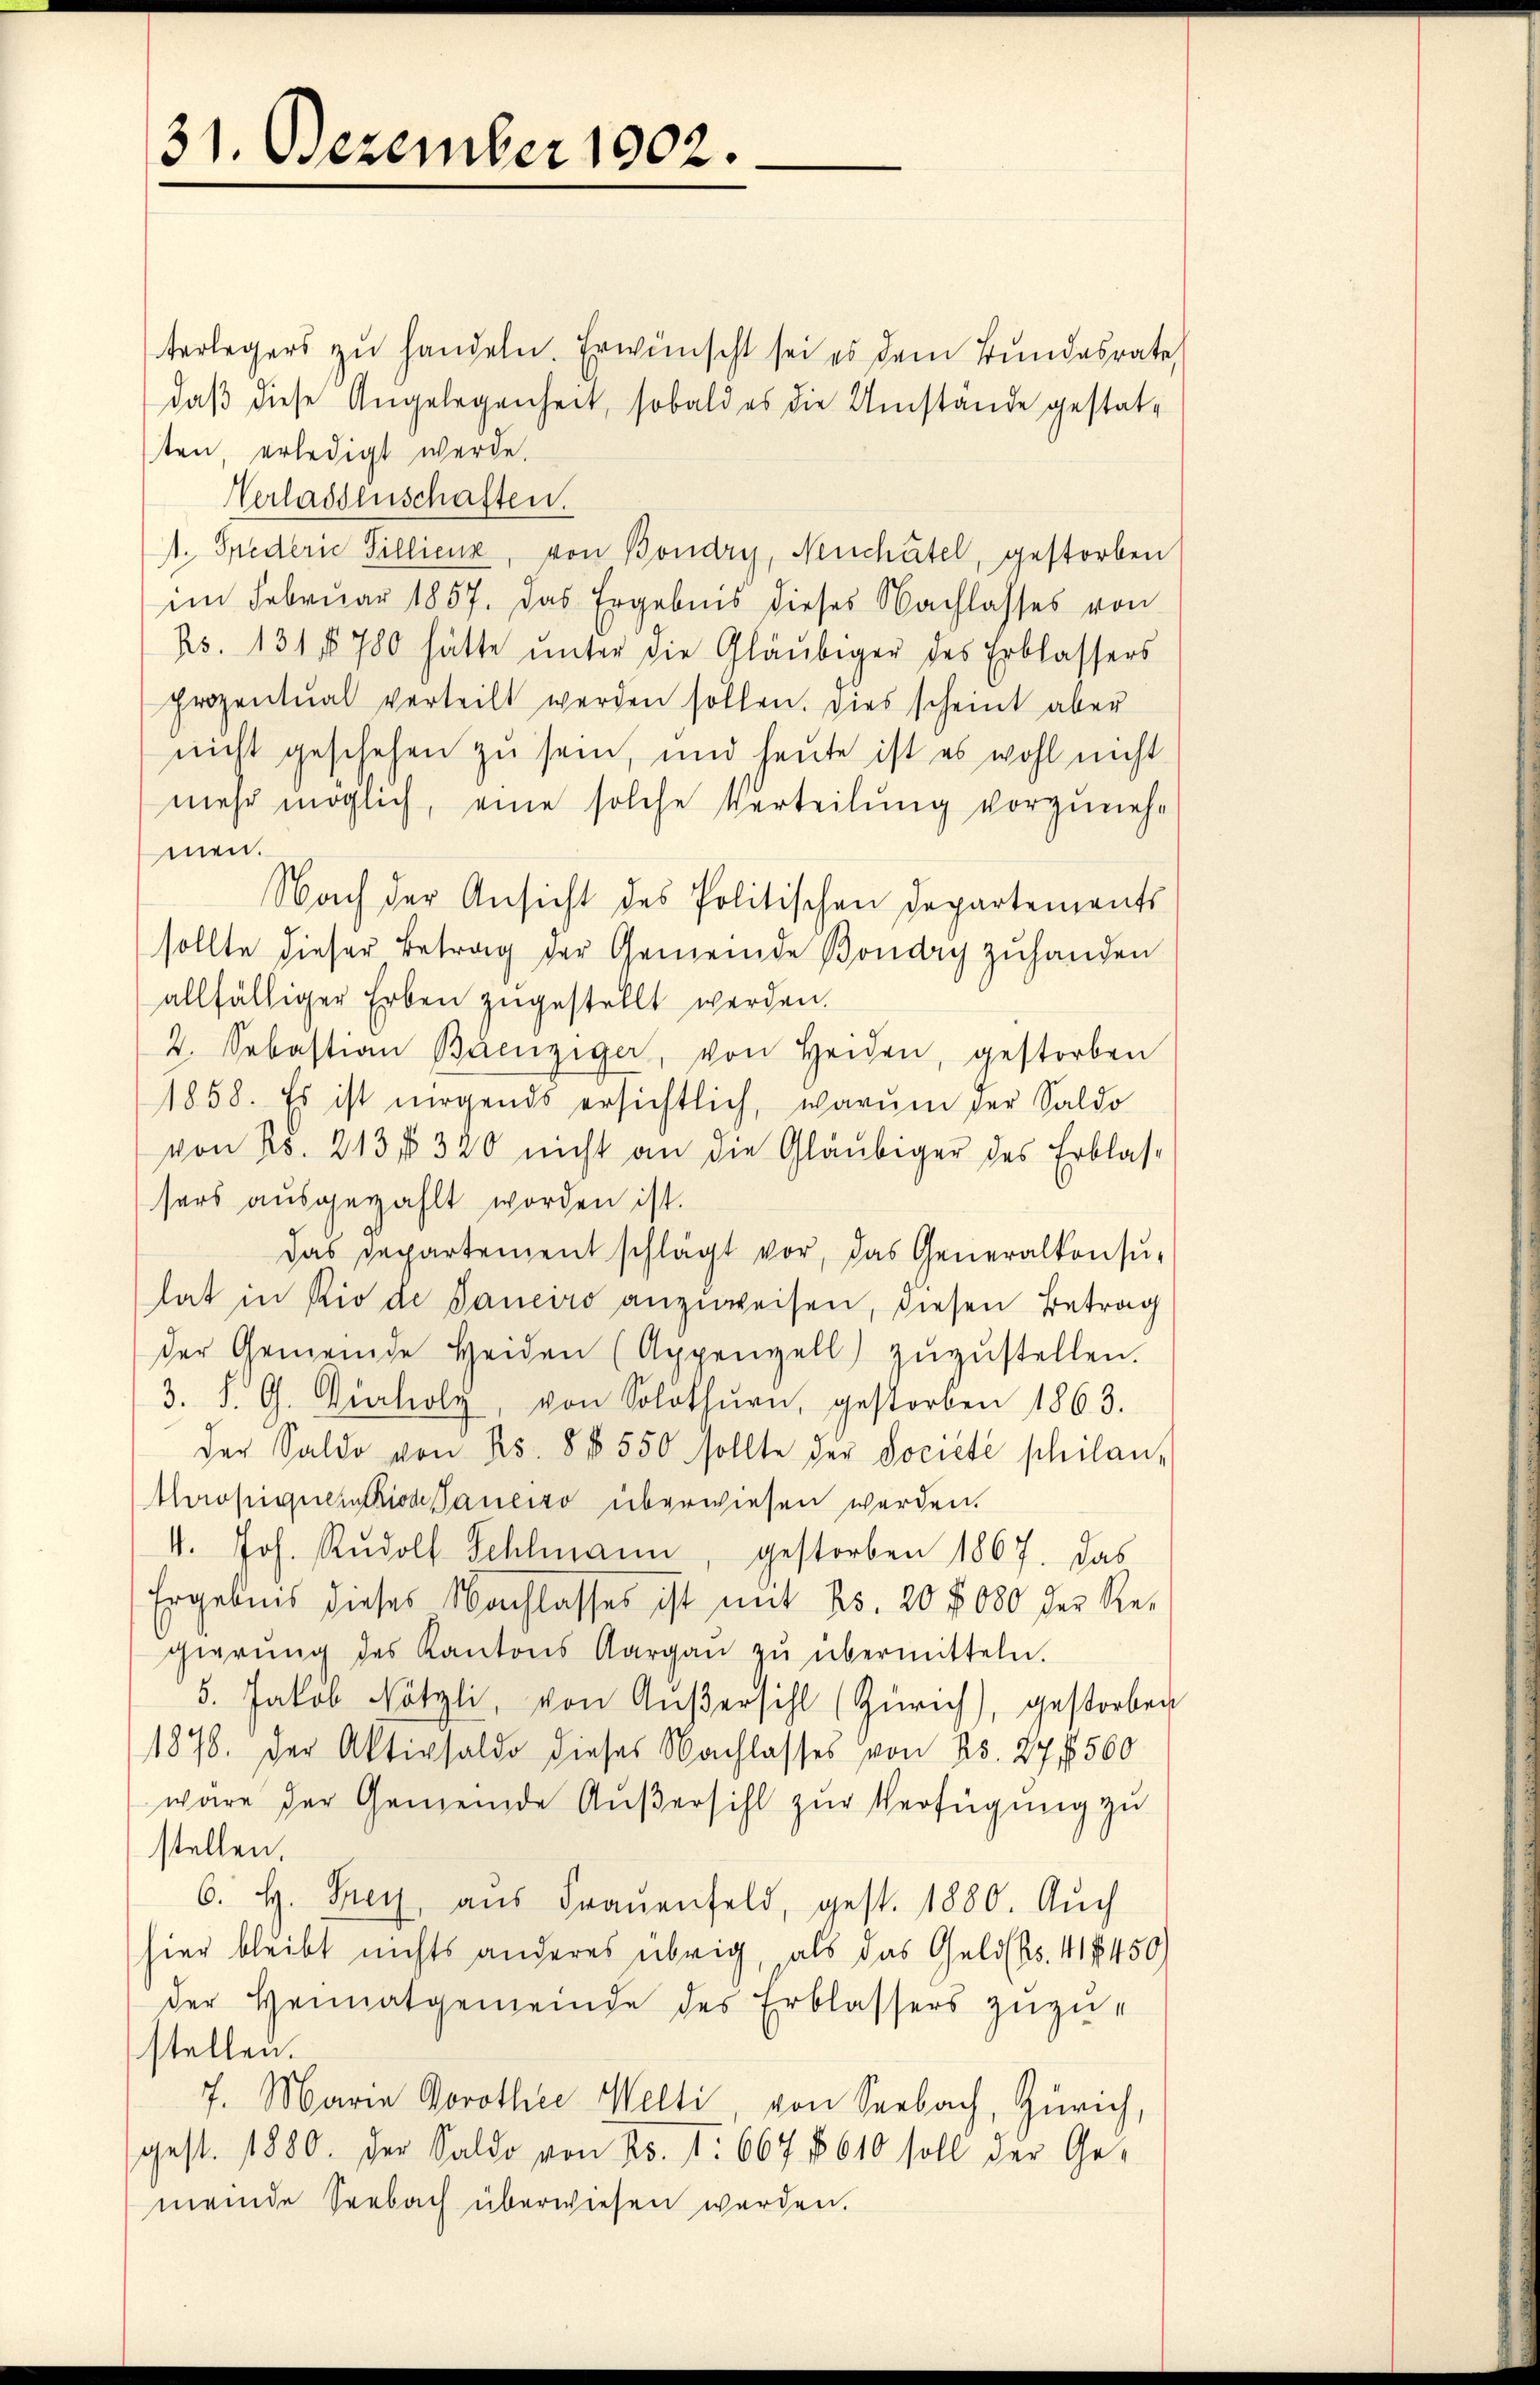
31. Dezember 1902.

terlegers zŭ handeln. Er wünscht sei es dem Bundesrate
daβ diese Angelegenheit, sobald es die Umstände gestatten, erledigt werde.
Verlassenschaften.
1. Spederie Tillienz, von Bondry, Neuchâtel, gestorben
im Februar 1857. Das Ergebnis dieses Nachlasses von
Rs. 131 § 780 hätte ŭnter die Gläubiger des Erblassers
prozentual verteilt werden sollen. Dies scheint aber
nicht geschehen zu sein, und heute ist es wohl nicht
mehr möglich, eine solche Verteilung vorzuneh-
men.
Nach der Ansicht des Politischen Departements
sollte dieser Betrag der Gemeinde Bondry zuhanden
allfälliger Erben zugestellt werden.
2. Sebastian Buenziger, von Heiden, gestorben
1858. Es ist nirgends ersichtlich, warum der Saldo
von Ro. 213, 320 nicht an die Gläubiger des Erblassers ausgezahlt worden ist.
Das Departement schlägt vor, das Generalkonsu-
lat in Rio de Janeiro anzuweisen, diesen Betrag
der Gemeinde Heiden (Appenzell) zŭzŭstellen.
3. d. G. Vierholy, von Solothŭrn, gestorben 1863.
der Saldo von s. 8 4550 sollte der Societe schilan,
thropiqueration Sanenso überwiesen werden.
4. Joh. Rŭdolf Schlmann, gestorben 1867. Das
Ergebnis dieses Nachlasses ist mit 25. 20 f 080 der Regierŭng des Kantons Aargaŭ zŭ übermitteln.
5. Jakob Nötzli, von Aŭβersihl (Zürich), gestorben
1878. Der Aktivsaldo dieses Nachlasses von No. 27 f 560
wäre der Gemeinde Außersihl zur Verfügung zu
stellen.
6. H. Frey aus Fraŭenfeld, gest. 1880. Aŭch
hier bleibt nichts anderes übrig, als das Geldbs. 415450)
der Heimatgemeinde des Erblassers zuzustellen.
7. Maria Dorother Welti, von Seebach, Zürich,
gest. 1880. Der Saldo von No. 1. 667 § 610 soll der Ge-
meinde Seebach überwiesen werden.